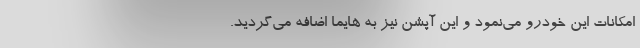
امکانات این خودرو می‌نمود و این آپشن نیز به هایما اضافه می‌گردید.